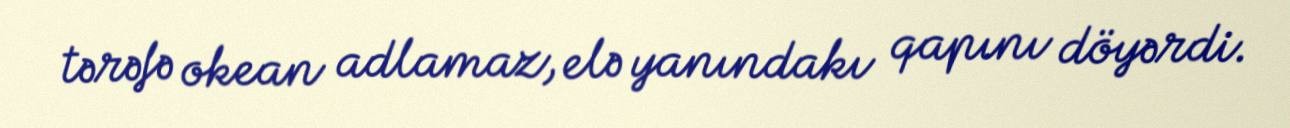
tərəfə okean adlamaz, elə yanındakı qapını döyərdi.